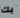
بك